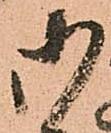
御